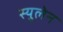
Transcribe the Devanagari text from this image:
स्युलेन